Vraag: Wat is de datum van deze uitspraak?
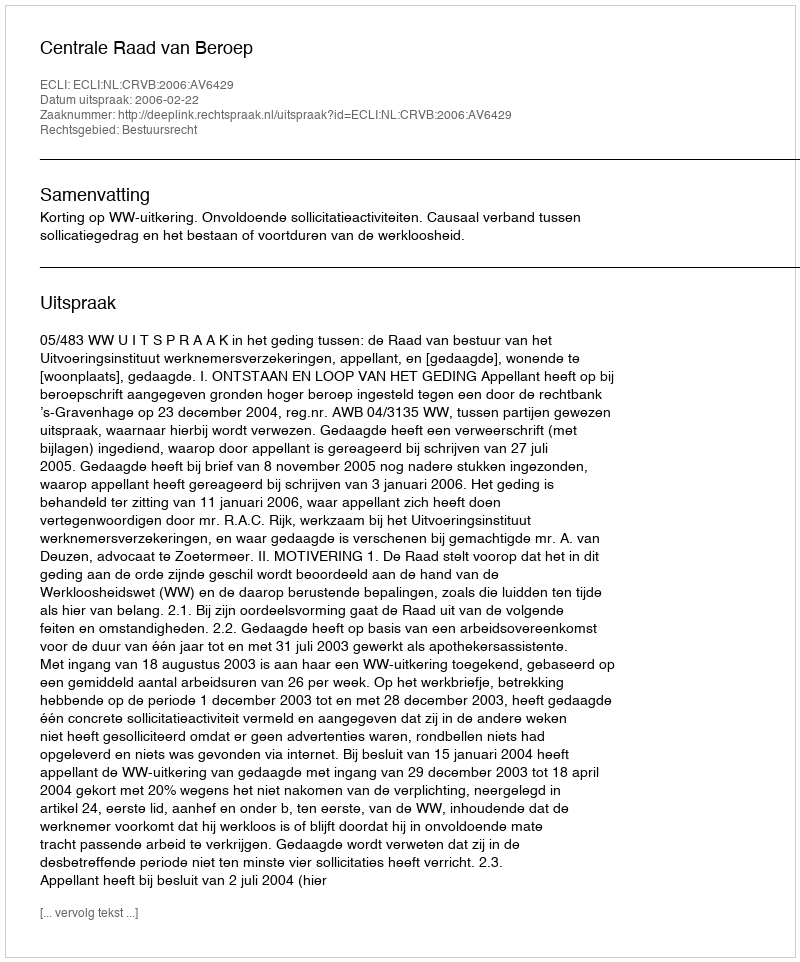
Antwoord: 2006-02-22